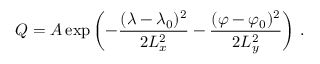
Q = A \exp \left( - \frac { ( \lambda - \lambda _ { 0 } ) ^ { 2 } } { 2 L _ { x } ^ { 2 } } - \frac { ( \varphi - \varphi _ { 0 } ) ^ { 2 } } { 2 L _ { y } ^ { 2 } } \right) \, .